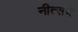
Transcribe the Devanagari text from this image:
नीत्सचे